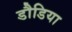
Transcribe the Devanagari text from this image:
डौडिया